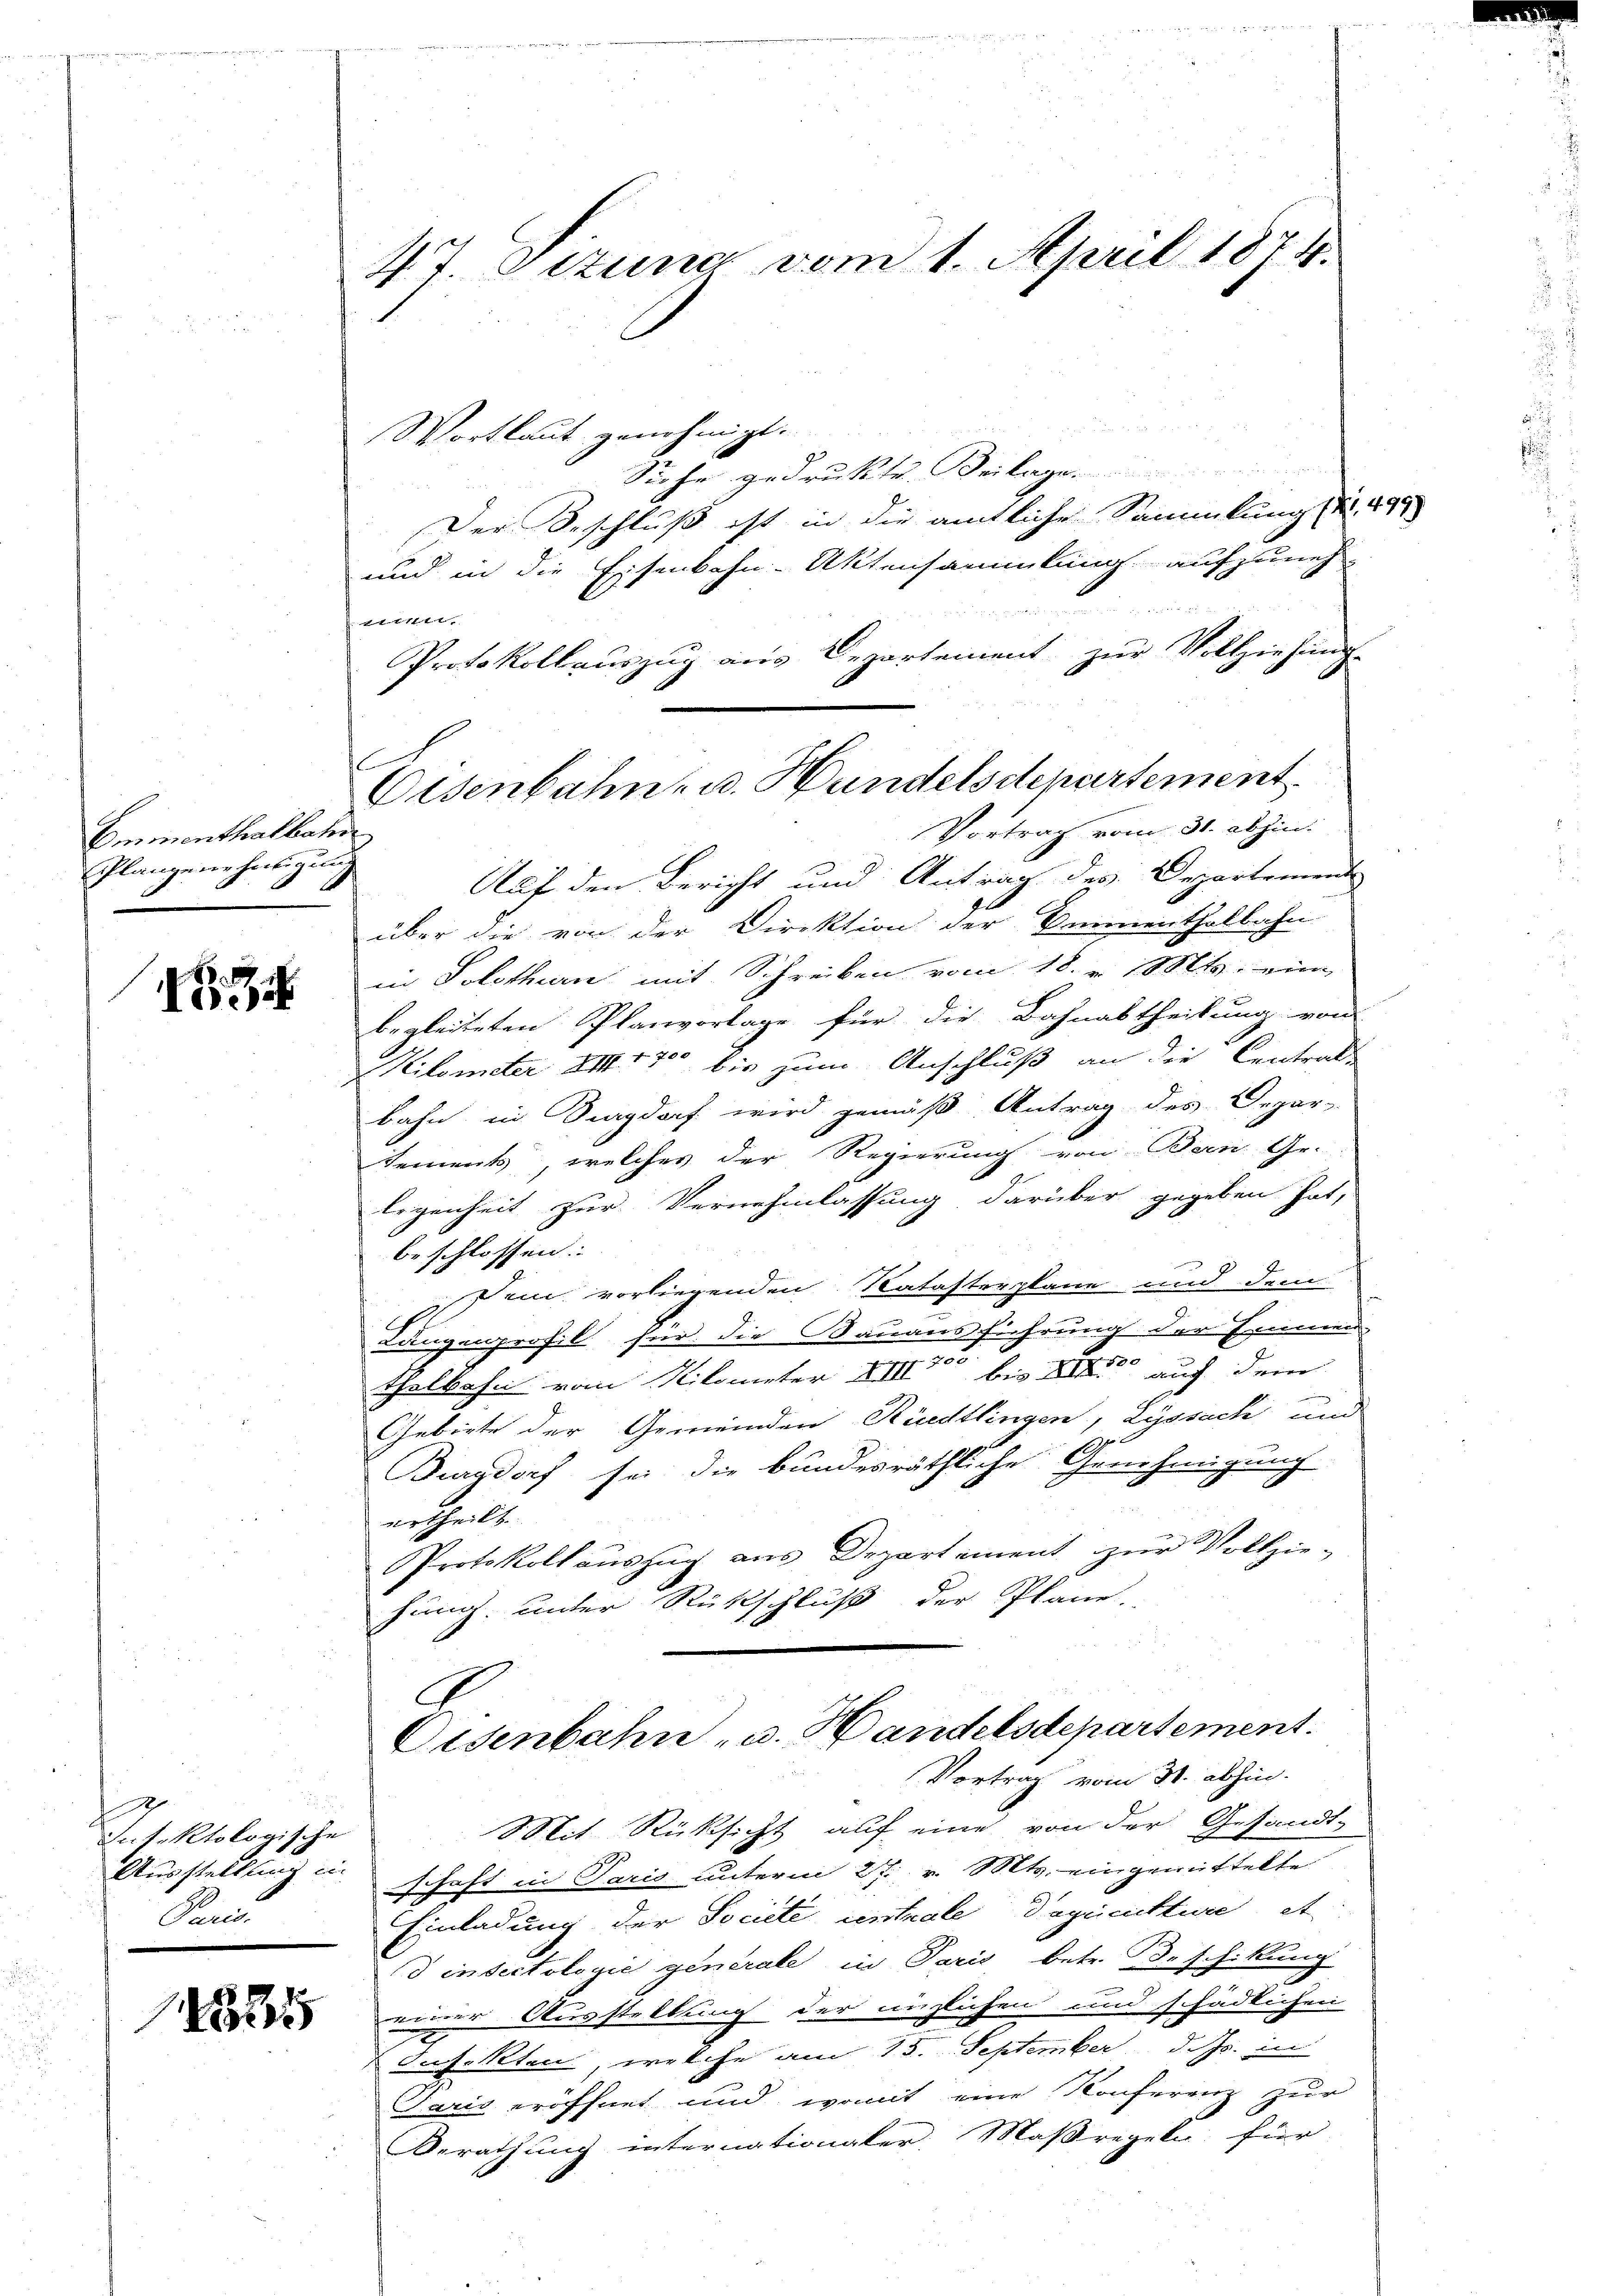
Emmenthalbahn
Eclangenehmigung

34

Intektologische
Paris.

1. Stuna vom 1. April 1874.

Wortlaut genehmigt.
Siehe gedruckte. Beilage
Der Beschluß ist in die ämtliche Sammlung . 497
und in die Eisenbahn-Aktensammlung aufzuneh

Lntet seitet
Protokollauszug aus Departement zur Vollziehung
Vortrag vom 31. abhin.
Auf den Bericht und Antrag des Departement
über die von der Direktion der Sinnenthalbahn
in Solothurn mit Schreiben vom 18. v. Mts. eine
begleiteten Planvorlage für die Bahnabtheilung von
Kilometer III 170 bis zum Anschluß an die Centrat
bahn in Sagdorf wird gemäß Antrag des Depar-
Sements, welches der Regierung von Bern Ge-
legenheit zur Vernehmlassung darüber gegeben hat,
beschlossen:
.
Dein vorliegenden Natasterplane und dem
h
uungenprofil für die Bauausführung der Emmen-
thelbahn vom Nilometer XIII 70 bis XII. auch dem
Gebiete der Gemeinden Riedtlingen, Lyssach und
Burgdorf sei die bundesräthliche Genehmigung
ertheilt.
Protokoll auszug aus Departement zur Vollzie-
hung unter Rückschluß der Plane.
Eisenbahn u. Handelsdepartement.
Vortrag vom 31. abhin.
Mit Rücksicht auf eine von der Gesandt-
Ausstellung u. schaft in Paris unterm 27. v. Mts. eingemittelte
Einladung der Societe entrale daginittire et
d insectologie generale in Paris betr. Beschikung
 einer Ausstellung der inglichen und schädlichen
Infekten, welche am 15. September d. Js. in
Paris eröffnet und womit eine Konferenz zur
Berathung internationaler, Maßregeln für

s

Osenbahn u. Handelsdepartement